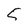
Character: 5